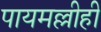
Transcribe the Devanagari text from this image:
पायमल्लीही